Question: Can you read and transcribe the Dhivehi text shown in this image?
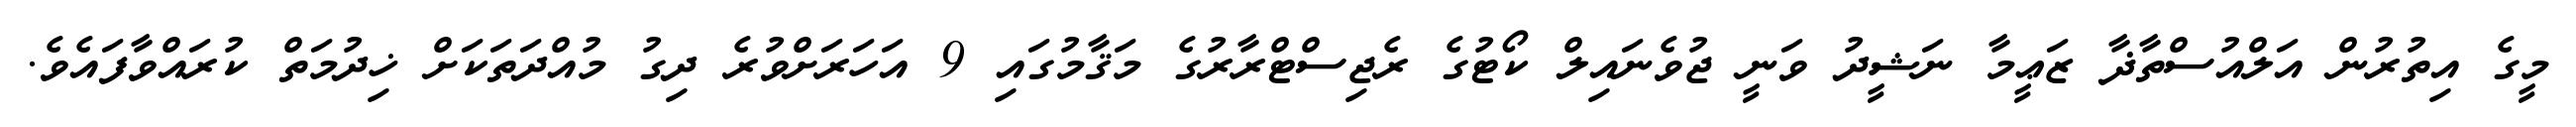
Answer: މީގެ އިތުރުން އަލްއުސްތާޛާ ޒަޢީމާ ނަޝީދު ވަނީ ޖުވެނައިލް ކޯޓުގެ ރެޖިސްޓްރާރުގެ މަޤާމުގައި 9 އަހަރަށްވުރެ ދިގު މުއްދަތަކަށް ޚިދުމަތް ކުރައްވާފައެވެ.